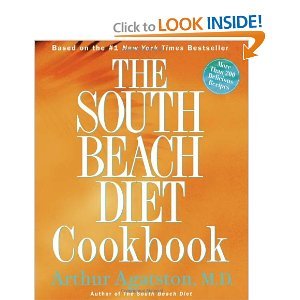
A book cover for The South Beach Diet Cookbook; Charlotte Coleman Smith; Health, Fitness & Dieting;